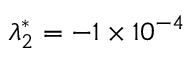
\lambda _ { 2 } ^ { * } = - 1 \times 1 0 ^ { - 4 }